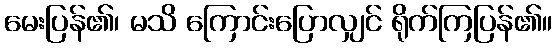
မေးပြန်၏၊ မသိ ကြောင်းပြောလျှင် ရိုက်ကြပြန်၏။